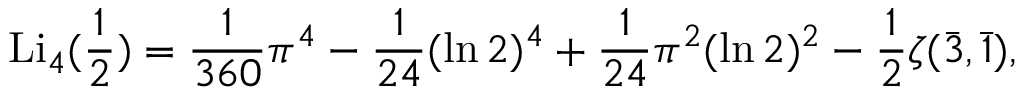
\operatorname { L i } _ { 4 } ( { \frac { 1 } { 2 } } ) = { \frac { 1 } { 3 6 0 } } \pi ^ { 4 } - { \frac { 1 } { 2 4 } } ( \ln 2 ) ^ { 4 } + { \frac { 1 } { 2 4 } } \pi ^ { 2 } ( \ln 2 ) ^ { 2 } - { \frac { 1 } { 2 } } \zeta ( { \bar { 3 } } , { \bar { 1 } } ) ,